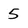
Character: 5